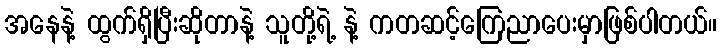
အနေနဲ့ ထွက်ရှိပြီးဆိုတာနဲ့ သူတို့ရဲ့ နဲ့ ကတဆင့်ကြေညာပေးမှာဖြစ်ပါတယ်။